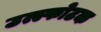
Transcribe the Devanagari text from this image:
उत्स्फोटक